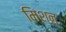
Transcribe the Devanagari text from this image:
मिशन